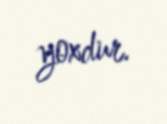
yoxdur.